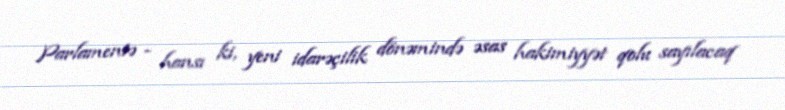
Parlamentə - hansı ki, yeni idarəçilik dönəmində əsas hakimiyyət qolu sayılacaq